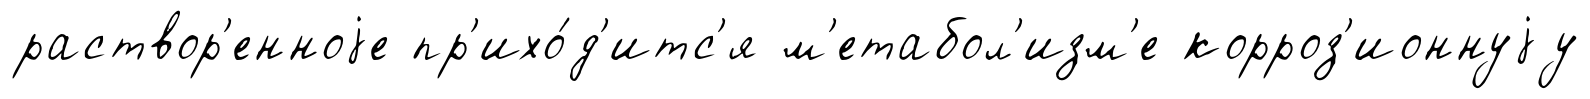
раствор'енноjе пр'ихо́д'итс'я м'етабол'изм'е корроз'ионнуjу